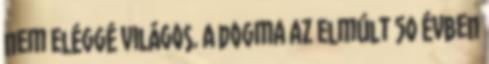
nem eléggé világos. A dogma az elmúlt 50 évben